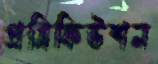
প্রসিকিউশন